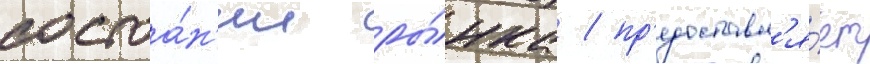
состоа́н'ии ры́нка / пр'едоставл'я́ет